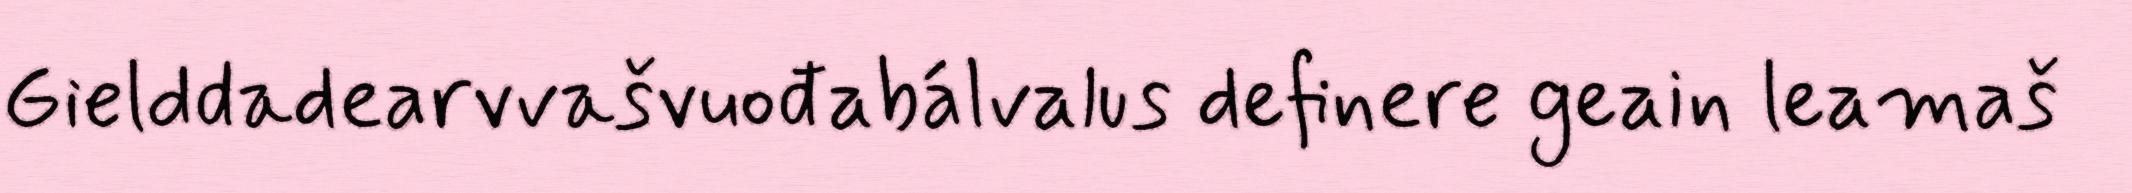
Gielddadearvvašvuođabálvalus definere geain leamaš